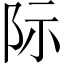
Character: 际